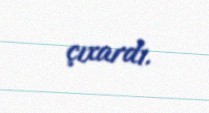
çıxardı.